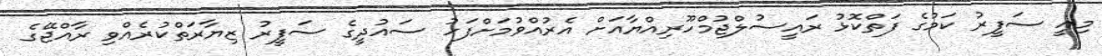
މިއީ ސަފީރު ކަމުގެ ފަތްކޮޅު ރައީސުލްޖުމްހޫރިއްޔާއަށް އެރުއްވުމަށްފަހު ސައުދީގެ ސަފީރު ޒިޔާރަތްކުރެއްވި ރާއްޖޭގެ